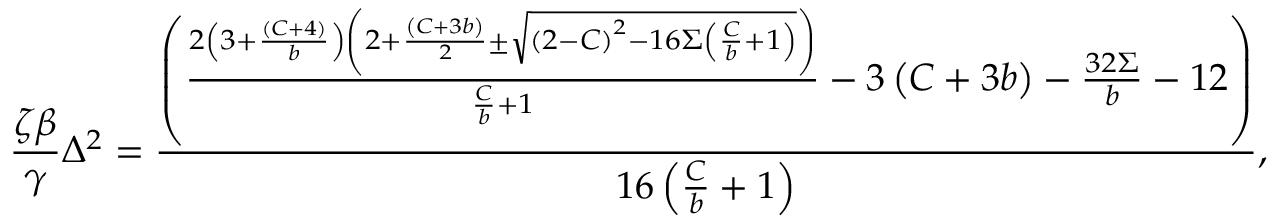
\frac { \zeta \beta } { \gamma } \Delta ^ { 2 } = \frac { \left( \frac { 2 \left( 3 + \frac { \left( C + 4 \right) } { b } \right) \left( 2 + \frac { \left( C + 3 b \right) } { 2 } \pm \sqrt { \left( 2 - C \right) ^ { 2 } - 1 6 \Sigma \left( \frac { C } { b } + 1 \right) } \right) } { \frac { C } { b } + 1 } - 3 \left( C + 3 b \right) - \frac { 3 2 \Sigma } { b } - 1 2 \right) } { 1 6 \left( \frac { C } { b } + 1 \right) } ,